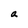
Character: a